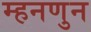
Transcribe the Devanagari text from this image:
म्हनणुन